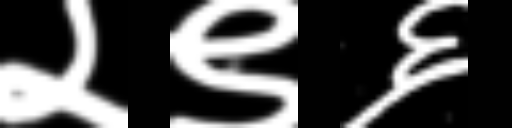
Text: २९६